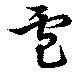
盧